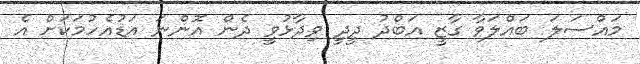
މައްސަލަ ބައްލަވާ ގާޒީ އަބްދު ދީދީ ވިދާޅުވީ ދެން އޮންނަ އަޑުއެހުމަކަށް އެ